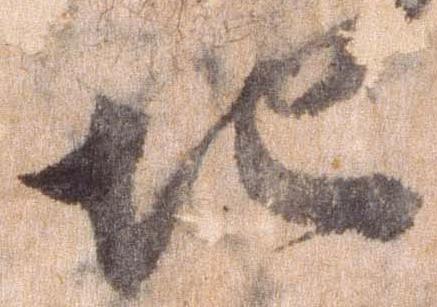
地